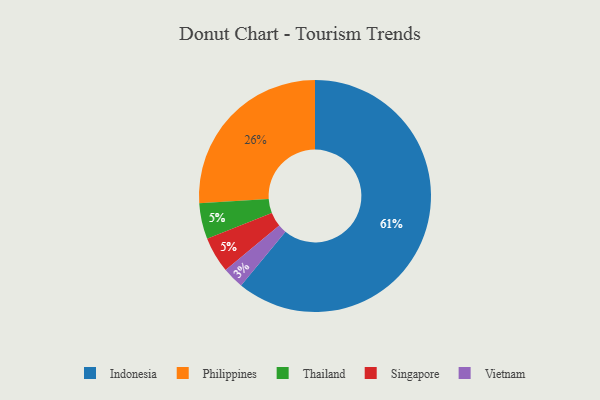
{"axis": {"x": "Category", "y": "Percentage"}, "legend": ["Indonesia", "Philippines", "Singapore", "Thailand", "Vietnam"], "data": [{"x": "Thailand", "y": 5, "type": "Thailand"}, {"x": "Philippines", "y": 26, "type": "Philippines"}, {"x": "Indonesia", "y": 61, "type": "Indonesia"}, {"x": "Vietnam", "y": 3, "type": "Vietnam"}, {"x": "Singapore", "y": 5, "type": "Singapore"}]}